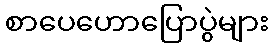
စာပေဟောပြောပွဲများ